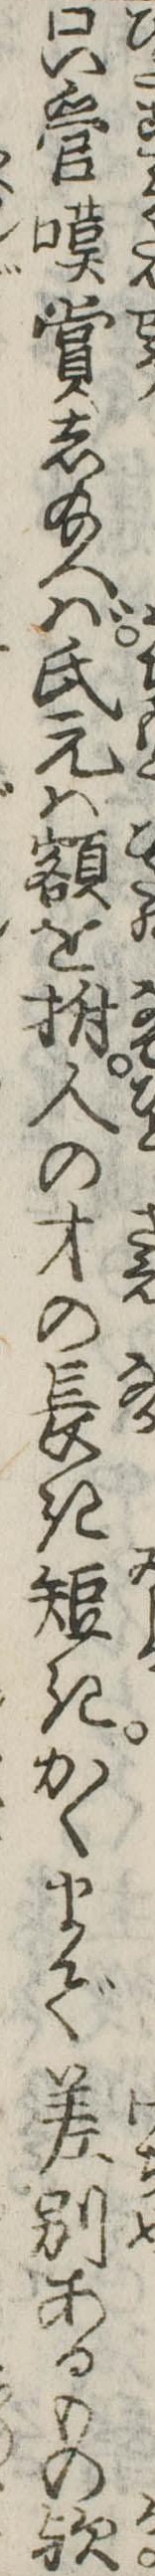
只管嘆賞し給へば氏元は額を拊人の才の長き短きかくまで差別あるもの歟